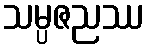
သမ္ပဇညဿ